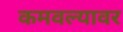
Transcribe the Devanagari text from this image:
कमवल्यावर